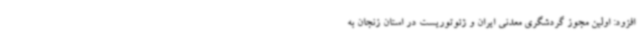
افزود: اولین مجوز گردشگری معدنی ایران و ژئوتوریست در استان زنجان به